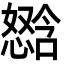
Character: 𫻈